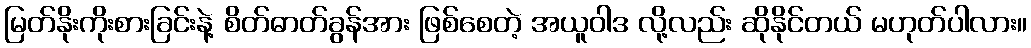
မြတ်နိုးကိုးစားခြင်းနဲ့ စိတ်ဓာတ်ခွန်အား ဖြစ်စေတဲ့ အယူဝါဒ လို့လည်း ဆိုနိုင်တယ် မဟုတ်ပါလား။